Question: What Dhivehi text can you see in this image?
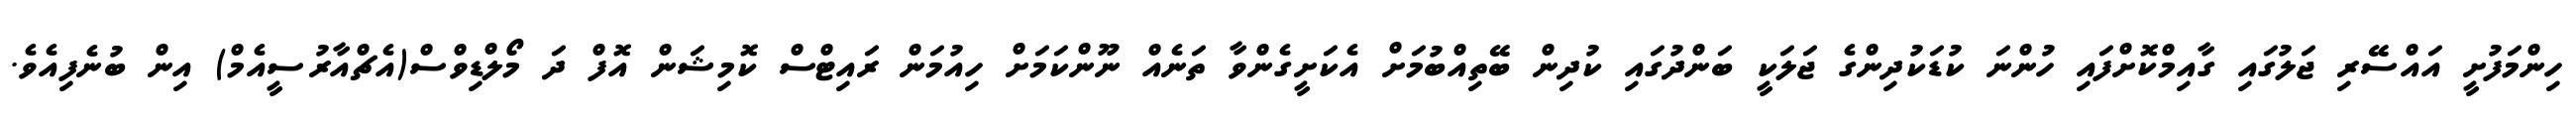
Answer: ހިންމަފުށީ އައްސޭރި ޖަލުގައި ގާއިމްކޮށްފައި ހުންނަ ކުޑަކުދިންގެ ޖަލަކީ ބަންދުގައި ކުދިން ބޭތިއްބުމަށް އެކަށީގެންވާ ތަނެއް ނޫންކަމަށް ހިއުމަން ރައިޓްސް ކޮމިޝަން އޮފް ދަ މޯލްޑިވްސް(އެޗްއާރުސީއެމް) އިން ބުނެފިއެވެ.